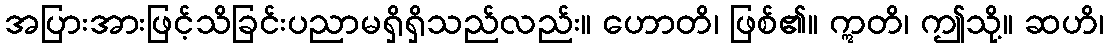
အပြားအားဖြင့်သိခြင်းပညာမရှိရှိသည်လည်း။ ဟောတိ၊ ဖြစ်၏။ ဣတိ၊ ဤသို့။ ဆဟိ၊